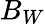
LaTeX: B_{W}